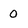
Character: 0